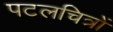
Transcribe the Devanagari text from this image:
पटलचित्रों